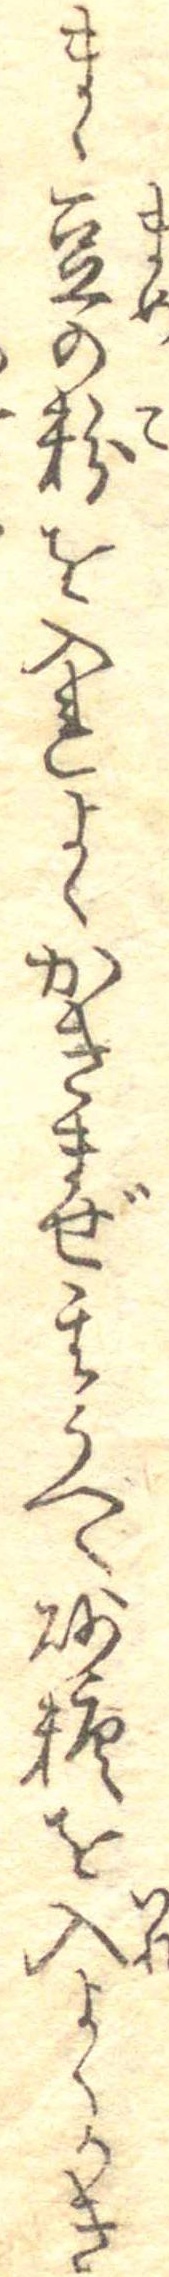
まゝ豆の粉を入れよくかきまぜ其うへゝ砂糖を入よくかき